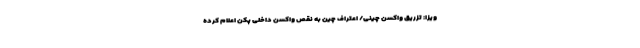
ویزا: تزریق واکسن چینی/ اعتراف چین به نقص واکسن داخلی پکن اعلام کرده